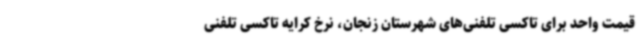
قیمت واحد برای تاکسی تلفنی‌های شهرستان زنجان، نرخ کرایه تاکسی تلفنی